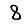
Digit: 8